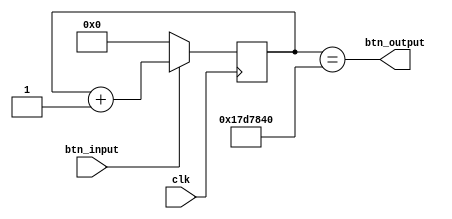
`timescale 1ns / 1ps
//////////////////////////////////////////////////////////////////////////////////
// Company: 
// Engineer: 
// 
// Design Name: 
// Module Name: debounce
// Project Name: 
// Target Devices: 
// Tool Versions: 
// Description: 
// 
// Dependencies: 
// 
// Revision:
// Revision 0.01 - File Created
// Additional Comments:
// 
//////////////////////////////////////////////////////////////////////////////////


module debounce(
    input clk,
    input btn_input,
    output btn_output
    );
    
    parameter bouncing_time = 25000000;
    reg [0 : 24] bouncing_rec;
    assign btn_output = (bouncing_rec == bouncing_time);
    always@(posedge clk)begin
        if(~btn_input)begin
            bouncing_rec <= 0;
        end
        else begin
            bouncing_rec <= bouncing_rec + 1; 
        end
    end
    
endmodule